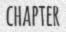
CHAPTER